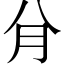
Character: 䏌